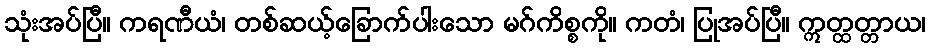
သုံးအပ်ပြီ။ ကရဏီယံ၊ တစ်ဆယ့်ခြောက်ပါးသော မဂ်ကိစ္စကို။ ကတံ၊ ပြုအပ်ပြီ။ ဣတ္ထတ္တာယ၊